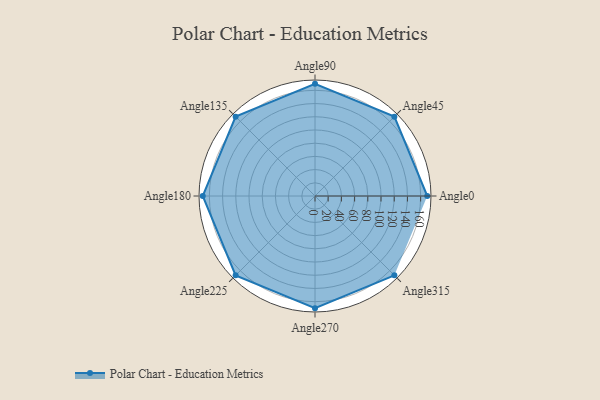
{"axis": {"x": "Angle", "y": "Radius"}, "legend": [""], "data": [{"x": "Angle0", "y": 170, "type": ""}, {"x": "Angle45", "y": 170, "type": ""}, {"x": "Angle90", "y": 170, "type": ""}, {"x": "Angle135", "y": 170, "type": ""}, {"x": "Angle180", "y": 170, "type": ""}, {"x": "Angle225", "y": 170, "type": ""}, {"x": "Angle270", "y": 170, "type": ""}, {"x": "Angle315", "y": 170, "type": ""}]}